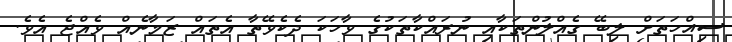
ސިއްހަތަށް ލިބޭ ގެއްލުންތަކާއި ނުރައްކާތަކުގެ ވާހަކަ ދެކެވޭތާ އެތައް ޒަމާނެއް ވެއްޖެ އެވެ.